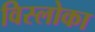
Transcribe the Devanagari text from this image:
विस्लोका